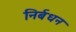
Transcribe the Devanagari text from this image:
निर्बधन